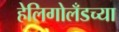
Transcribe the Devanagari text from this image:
हेलिगोलँडच्या